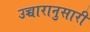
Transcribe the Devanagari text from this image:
उच्चारानुसारी